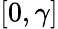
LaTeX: [0,\gamma]